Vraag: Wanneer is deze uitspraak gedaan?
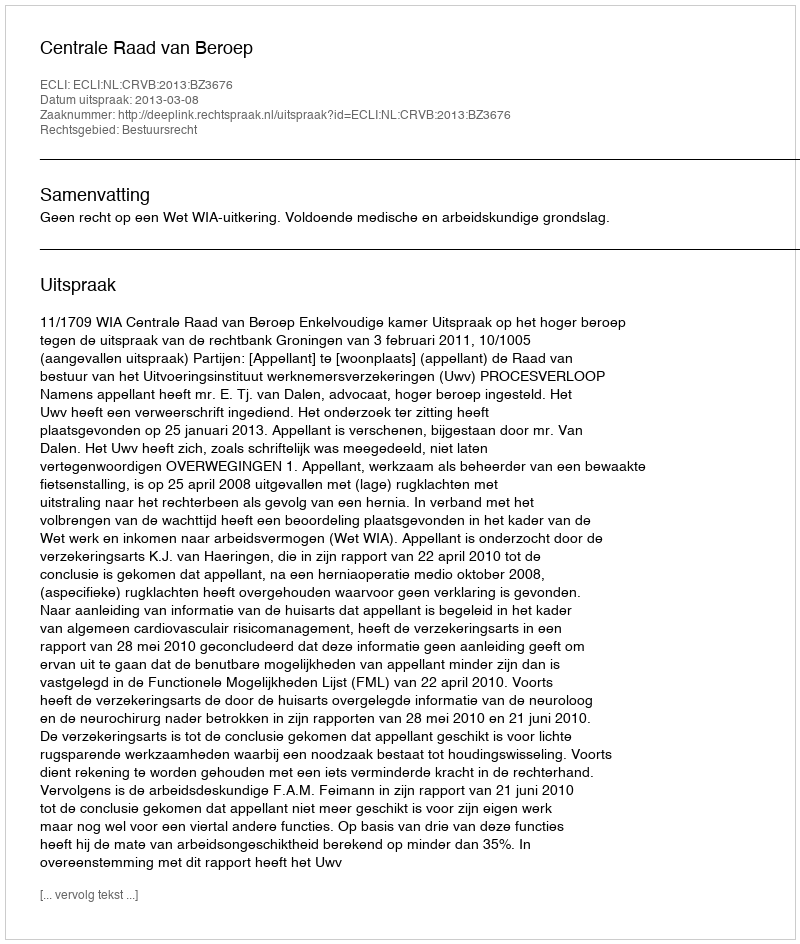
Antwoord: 2013-03-08